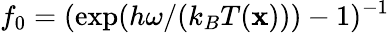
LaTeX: f_{0}=(\exp(h\omega/(k_{B}T(\mathbf x)))-1)^{-1}